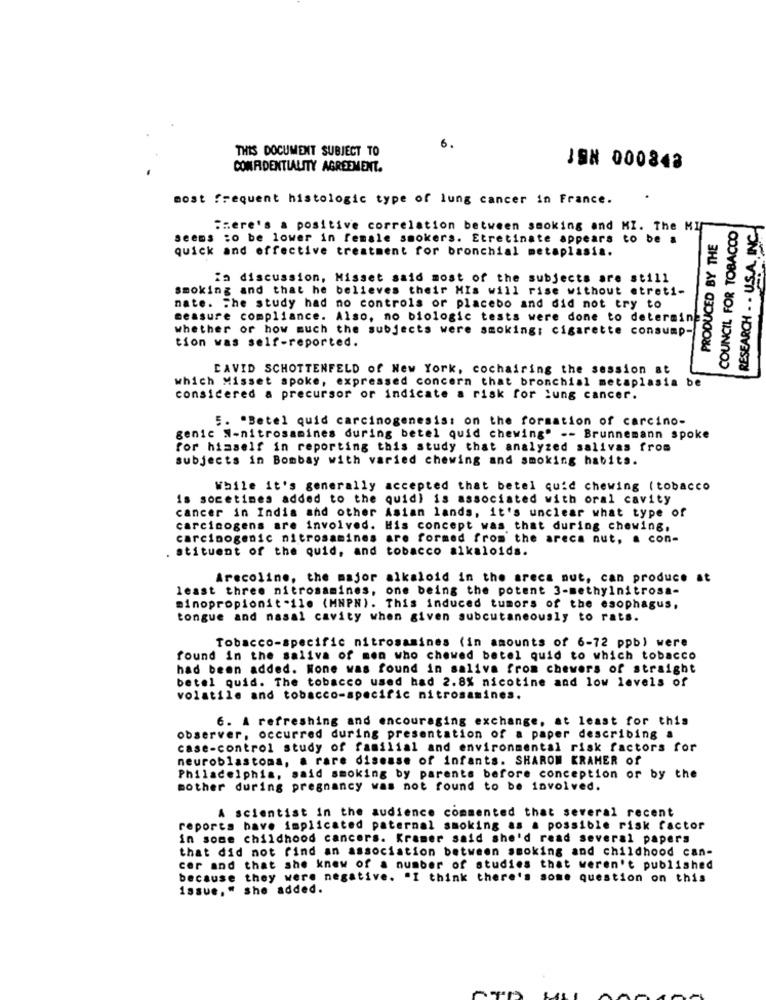
THIS DOCUMENT SUBJECT TO
6.
CONFIDENTIALITY AGREEMENT.
JSN 000848
most frequent histologic type of lung cancer in France.
COUNCIL FOR TOBACCO
RESEARCH . . U.S.A. INC
Here's a positive correlation between smoking and MI. The MI
seems to be lower in female smokers. Etretinate appears to be a
PRODUCED BY THE
quick and effective treatment for bronchial metaplasia.
ia discussion, Misset said most of the subjects are still
smoking and that he believes their MIs will rise without etreti-
nate. The study had no controls or placebo and did not try to
measure compliance. Also, no biologic tests were done to determine
whether or how much the subjects were smoking: cigarette consump-
tion was self-reported.
DAVID SCHOTTENFELD of New York, cochairing the session at
which Misset spoke, expressed concern that bronchial metaplasia be
considered a precursor or indicate a risk for lung cancer.
5. "Betel quid carcinogenesis: on the formation of carcino-
genic N-nitrosamines during betel quid chewing" -- Brunnemann spoke
for himself in reporting this study that analyzed salivas from
subjects in Bombay with varied chewing and smoking habits.
While it's generally accepted that betel quid chewing ( tobacco
is socetimes added to the quid) is associated with oral cavity
cancer in India and other Asian lands, it's unclear what type of
carcinogens are involved. His concept was that during chewing.
carcinogenic nitrosamines are formed from the areca nut, a con-
. stituent of the quid, and tobacco alkaloids.
Arecoline, the major alkaloid in the areca nut, can produce at
least three nitrosamines, one being the potent 3-methylnitrosa-
Dinopropionitoile (MNPN) . This induced tumors of the esophagus.
tongue and nasal cavity when given subcutaneously to rats.
Tobacco-specific nitrosamines (in amounts of 6-72 ppb) were
found in the saliva of men who chewed betel quid to which tobacco
had been added. None was found in saliva from chewers of straight
betel quid. The tobacco used had 2.8% nicotine and low levels of
volatile and tobacco-specific nitrosamines.
6. A refreshing and encouraging exchange, at least for this
observer, occurred during presentation of a paper describing &
case-control study of familial and environmental risk factors for
neuroblastoma, a rare disease of infants. SHARON KRAMER of
Philadelphia, said smoking by parents before conception or by the
mother during pregnancy was not found to be involved.
A scientist in the audience commented that several recent
reports have implicated paternal smoking as a possible risk factor
in some childhood cancers. Kramer said she'd read several papers
that did not find an association between smoking and childhood can-
cer and that she knew of a number of studies that weren't published
because they were negative. "I think there's some question on this
issue," she added.